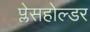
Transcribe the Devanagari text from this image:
प्लेसहोल्डर